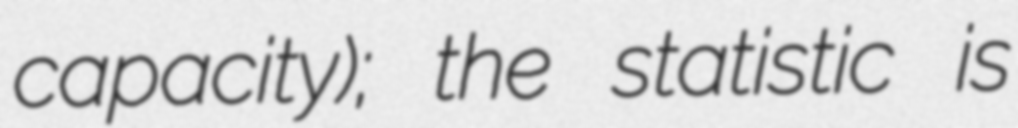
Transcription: capacity); the statistic is